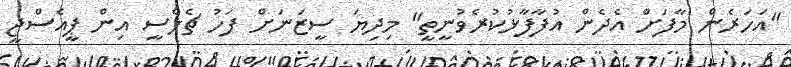
"އަހަރެން މާފަށް އެދެން އުފާފާޅުކުރެވުނީތީ" މިދިޔަ ސީޒަނަށް ފަހު ޗެލްސީ އިން ޕީއެސްޖީ